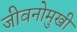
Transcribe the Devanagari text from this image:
जीवनोमुखी